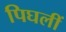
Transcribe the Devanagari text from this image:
पिघलीं